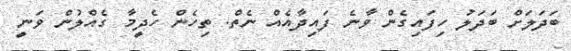
ބަދަލަށް ބަދަލު ހިފައިގެން ވާނެ ފައިދާއެއް ނެތް. ތިހެން ހެދީމާ ގެއްލުން ވަނީ